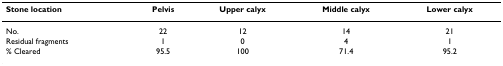
<table><thead><tr><td><b>Stone location</b></td><td><b>Pelvis</b></td><td><b>Upper calyx</b></td><td><b>Middle calyx</b></td><td><b>Lower calyx</b></td></tr></thead><tbody><tr><td>No.</td><td>22</td><td>12</td><td>14</td><td>21</td></tr><tr><td>Residual fragments</td><td>1</td><td>0</td><td>4</td><td>1</td></tr><tr><td>% Cleared</td><td>95.5</td><td>100</td><td>71.4</td><td>95.2</td></tr></tbody></table>